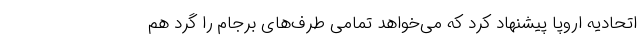
اتحادیه اروپا پیشنهاد کرد که می‌خواهد تمامی طرف‌های برجام را گرد هم